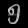
Digit: ၅